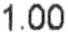
1.00